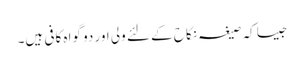
جیسا کہ صیغہ نکاح کے لئے ولی اور دو گواہ کافی ہیں۔